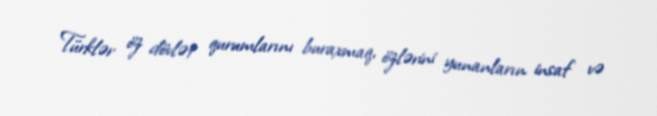
Türklər öz dövlət qurumlarını buraxmaq, özlərini yunanların insaf və